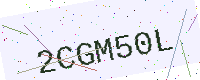
Text: 2CGM50L